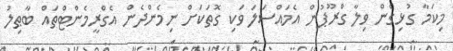
މިކަމާ ގުޅިގެން ވިލާ ގްރޫޕުން އެމައްސަލަ ވަކި ގޮތަކަށް ނިމެންދެން އެގްރީމެންޓްތައް ބާޠިލު